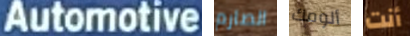
Automotive الصارم ألومك أنت